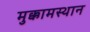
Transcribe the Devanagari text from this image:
मुक्कामस्थान